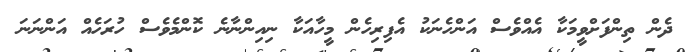
ދެން ތިންފަށްވީމަކާ އެއްވެސް އަންހެނަކު އެފިރިހެން މީހާއަކާ ނިއިންނާނެ ކޮންމެވެސް ހުރަހެއް އަންނަނަ